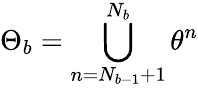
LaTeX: \Theta_{b}=\bigcup_{n=N_{b-1}+1}^{N_{b}}\theta^{n}